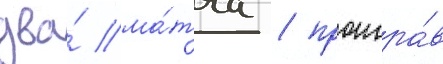
два́ ма́тча / проигра́в